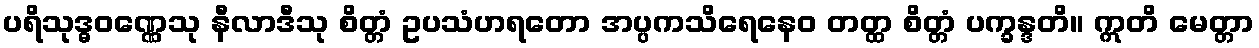
ပရိသုဒ္ဓဝဏ္ဏေသု နီလာဒီသု စိတ္တံ ဥပသံဟရတော အပ္ပကသိရေနေဝ တတ္ထ စိတ္တံ ပက္ခန္ဒတိ။ ဣတိ မေတ္တာ